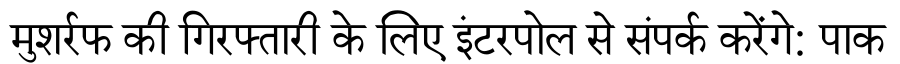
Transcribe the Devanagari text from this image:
मुशर्रफ की गिरफ्तारी के लिए इंटरपोल से संपर्क करेंगे: पाक